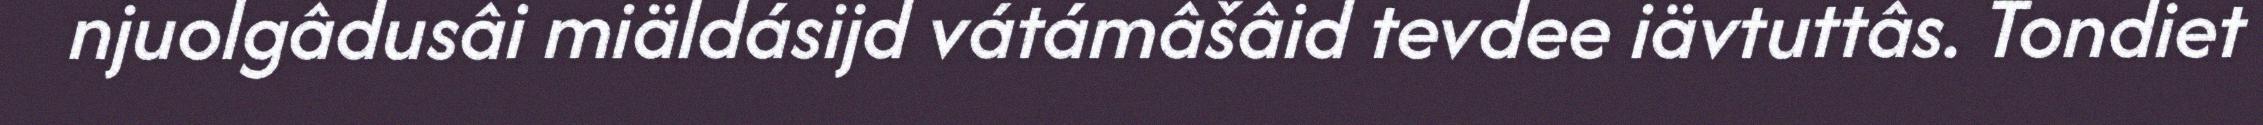
njuolgâdusâi miäldásijd vátámâšâid tevdee iävtuttâs. Tondiet